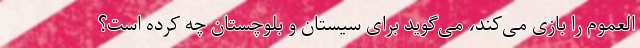
العموم را بازی می‌کند، می‌گوید برای سیستان و بلوچستان چه کرده است؟